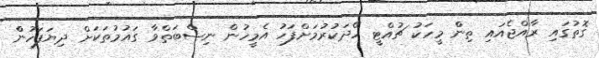
ގޮތުގައި ރާއްޖެއައި ތިންް މީހަކު ޗުއްޓީ ހޭދަކުުރުމަށްފަހު އެމީހުން ނިސްބަތްްވާ ގައުމުތަކަށް ދިޔަފަހުންް